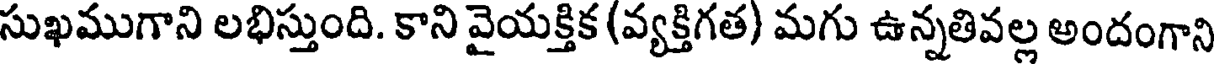
సుఖముగాని లభిస్తుంది. కాని వైయక్తిక (వ్యక్తిగత) మగు ఉన్నతివల్ల అందంగాని